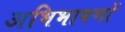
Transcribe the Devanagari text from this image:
अभिभाषणों